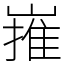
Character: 嶊